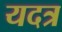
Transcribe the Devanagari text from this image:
यदत्र